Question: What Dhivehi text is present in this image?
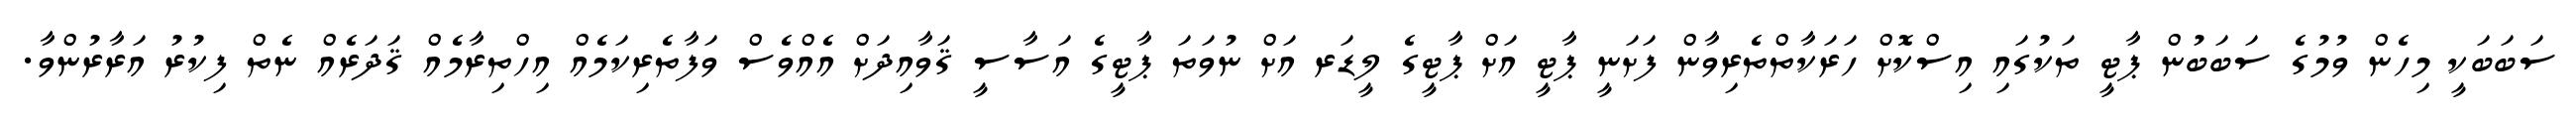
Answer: ސަބަބަކީ މިހެން ވުމުގެ ސަބަބުން ޕާޓީ ތަކުގައި އިސްކޮށް ހަރަކާތްތެރިވާން ފަށަނީ ޕާޓީ އަށް ޕާޓީގެ ލީޑަރ އަށް ނުވަތަ ޕާޓީގެ އަސާސީ ޤަވާއިދަށް އެއްވެސް ވަފާތެރިކަމެއް އިހްތިރާމެއް ޤަދަރެއް ނެތް ފިކުރު އަރާރުންވާ.